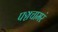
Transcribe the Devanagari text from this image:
पञ्चचामरं